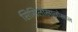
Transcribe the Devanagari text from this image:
सिसिलीखालोखाल